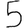
Digit: 5